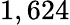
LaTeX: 1,624